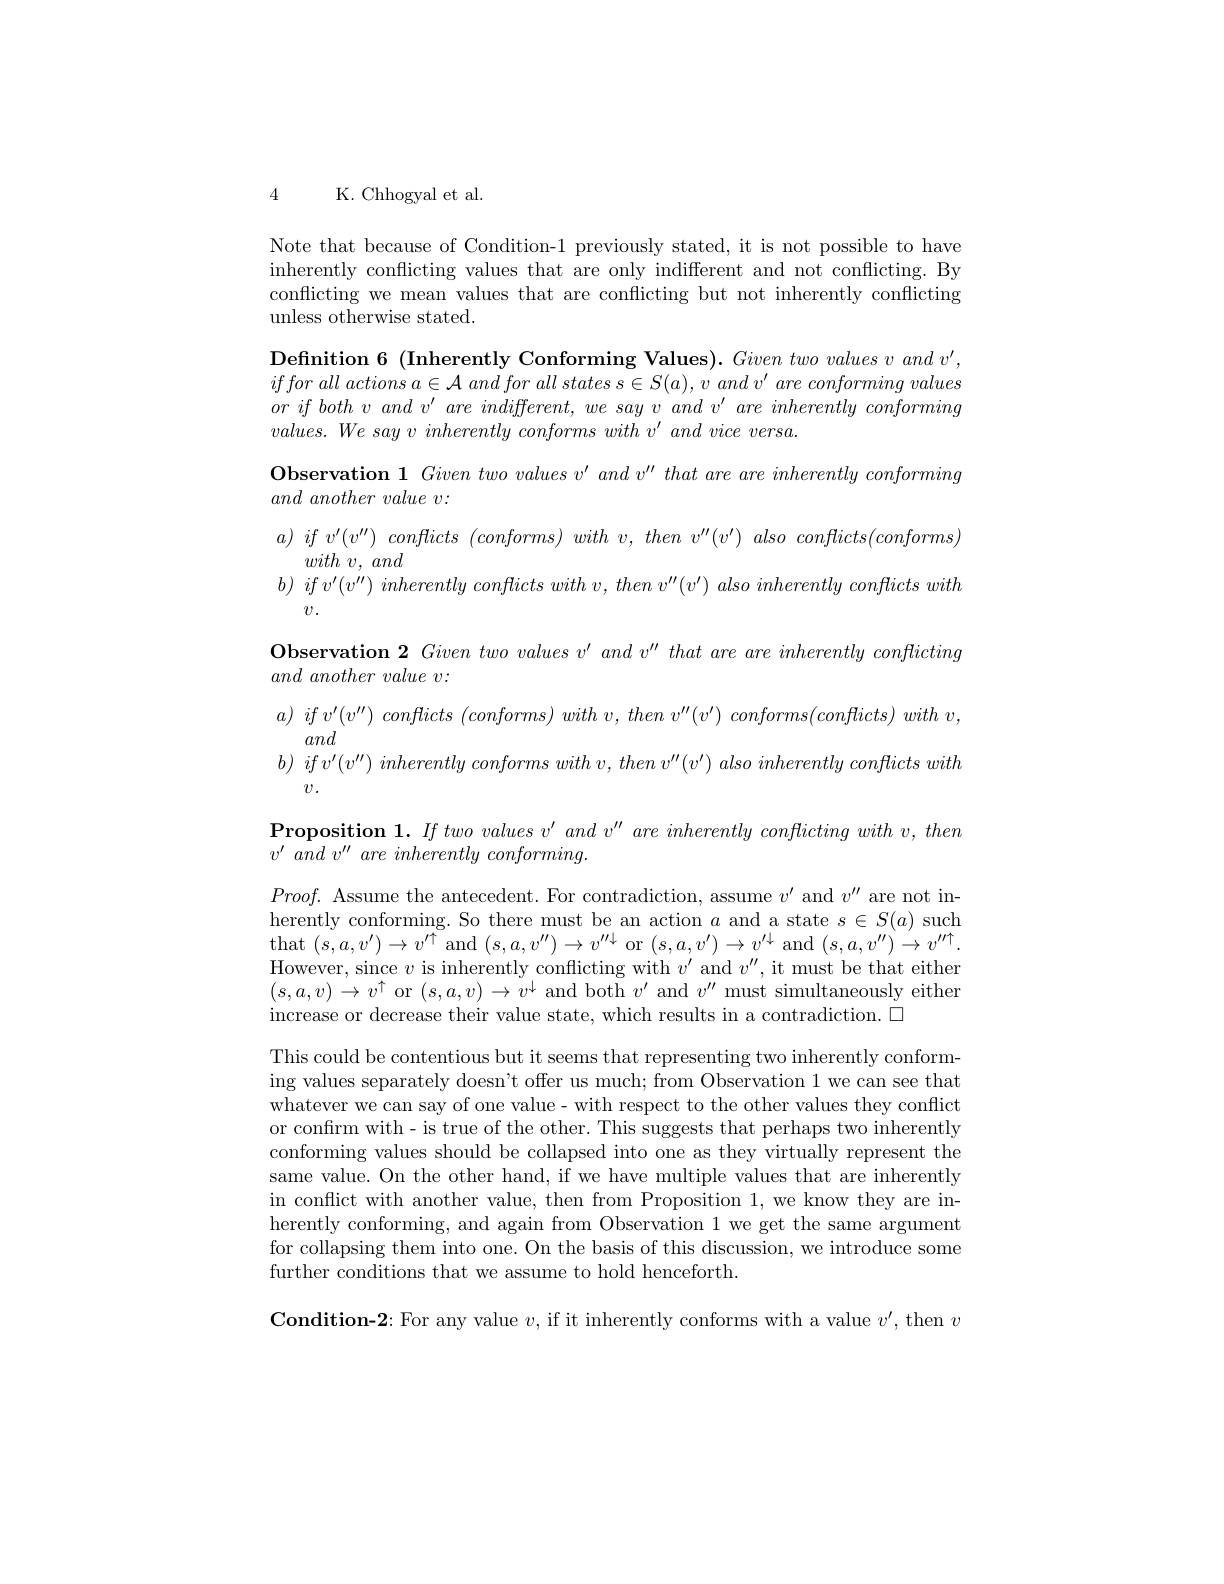
4 K. Chhogyal et al.

Note that because of Condition-1 previously stated, it is not possible to have inherently conflicting values that are only indifferent and not conflicting. By conflicting we mean values that are conflicting but not inherently conflicting unless otherwise stated.

$\textbf{Definition 6}($Inherently Conforming Values$) . \textit{Given two values v and v' }$, iffor all actions $a\in \mathcal{A}$ and for all states $s\in S( a) $, $v$ and $v^{\prime }$ are conforming values $orifbothvandv^{\prime}areindifferent,wesayvandv^{\prime}areinherentlyconforming$ $values. We$ say $v$ inherently conforms with $v^{\prime }$ and vice $versa.$
$\textbf{Observation 1 Given two values v' and v'' that are are inherently conforming}$
$and\textit{ another value v: }$
$a)$ $if$ $v^{\prime }( v^{\prime \prime })$ conflicts $( conforms)$ with $v$, then $v^{\prime \prime }( v^{\prime })$ also $conflicts( conforms)$
with $v$, and
$b)$ $if$ $v^{\prime }( v^{\prime \prime })$ inherently conflicts with $v$, then $v^{\prime \prime }( v^{\prime })$ also inherently conflicts with
$v.$
$\textbf{Observation 2 Given two values v' and v'' that are are inherently conflicting}$
$and\textit{ another value v: }$
$a)$ $if$ $v^{\prime }( v^{\prime \prime })$ conflicts $( conforms)$ with $v$, then $v^{\prime \prime }( v^{\prime })$ $conforms( conflicts)$ with $v$,
and
$b)$ $if$ $v^{\prime }( v^{\prime \prime })$ inherently conforms with $v$, then $v^{\prime \prime }( v^{\prime })$ also inherently conflicts with
$v.$
Proposition $1. \textit{ If two values v}^{\prime }\textit{ and v}^{\prime \prime }\textit{ are inherently conflicting with v, then}$
$v^{\prime }$ and $v^{\prime \prime }$ are inherently $conforming.$
$Proof.$ Assume the antecedent. For contradiction, assume $v^\prime$ and $v^{\prime\prime}$ are not inherently conforming. So there must be an action $a$ and a state $s\in S(a)$ such $\mathop{\mathrm{that~}}(s,a,v^{\prime})\to v^{\prime\uparrow}\mathop{\mathrm{and~}}(s,a,v^{\prime\prime})\to v^{\prime\prime\downarrow}$ or $(s,a,v^{\prime})\to v^{\prime\downarrow}$ and $(s,a,v^{\prime\prime})\to v^{\prime\prime\uparrow}.$ However, since $v$ is inherently conflicting with $v^\prime$ and $v^{\prime\prime}$, it must be that either $(s,a,v)\to v^\uparrow$ or $(s,a,v)\to v^\downarrow$ and both $v^\prime$ and $v^\prime$ must simultaneously either increase or decrease their value state, which results in a contradiction. $\square$
This could be contentious but it seems that representing two inherently conforming values separately doesn't offer us much; from Observation 1 we can see that whatever we can say of one value- with respect to the other values they conflict or confırm with- is true of the other. This suggests that perhaps two inherently conforming values should be collapsed into one as they virtually represent the same value. On the other hand, if we have multiple values that are inherently in conflict with another value, then from Proposition 1, we know they are inherently conforming, and again from Observation 1 we get the same argument for collapsing them into one. On the basis of this discussion, we introduce some further conditions that we assume to hold henceforth.

$\textbf{Condition- 2:  For any value }v$, if it inherently conforms with a value $v^{\prime }$,then $v$